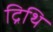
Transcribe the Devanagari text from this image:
द्रिथि